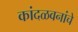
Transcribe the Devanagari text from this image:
कांदळवनांचे